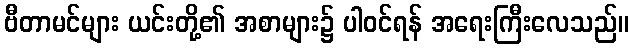
ဗီတာမင်များ ယင်းတို့၏ အစာများ၌ ပါဝင်ရန် အရေးကြီးလေသည်။